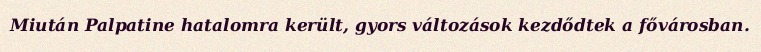
Miután Palpatine hatalomra került, gyors változások kezdődtek a fővárosban.